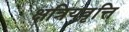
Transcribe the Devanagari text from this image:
क्षत्रियवृत्ति